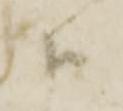
衛